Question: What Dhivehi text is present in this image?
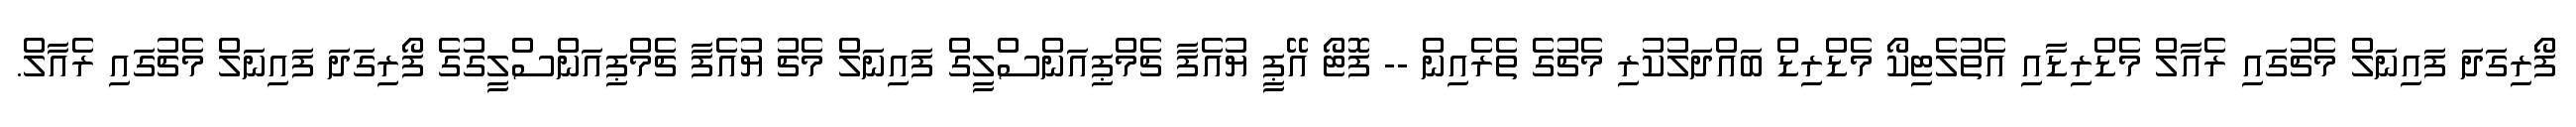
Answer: ފޯރިގަދަ ފައިނަލް މެޗުގައި ރެއާލް މެޑްރިޑާއި އެތުލެޓިކޯ މެޑްރިޑް ބައްދަލުކުރި މެޗުގެ ތެރެއިން -- ފޮޓޯ އޭޕީ ޔުއެފާ ޗެމްޕިއަންސްލީގް ފައިނަލް މެޗު ޔުއެފާ ޗެމްޕިއަންސްލީގުގެ ފޯރިގަދަ ފައިނަލް މެޗުގައި ރެއާލް.